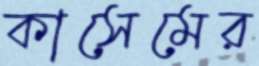
কাসেমের